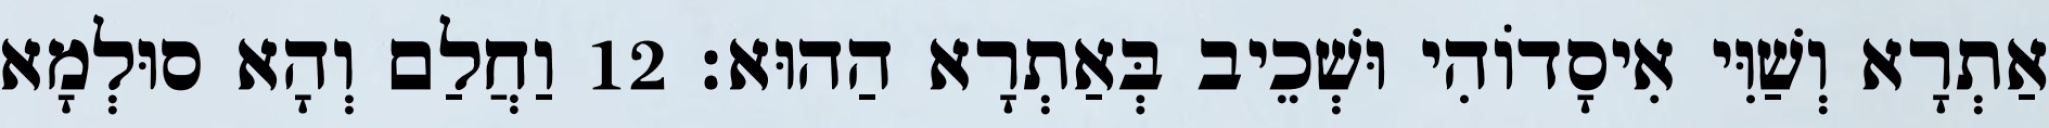
אַתְרָא וְשַׁוִּי אִיסָדוֹהִי וּשְׁכֵיב בְּאַתְרָא הַהוּא׃ 12 וַחֲלַם וְהָא סוּלְמָא